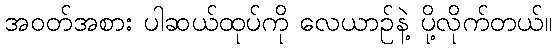
အဝတ်အစား ပါဆယ်ထုပ်ကို လေယာဉ်နဲ့ ပို့လိုက်တယ်။